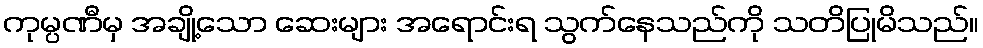
ကုမ္ပဏီမှ အချို့သော ဆေးများ အရောင်းရ သွက်နေသည်ကို သတိပြုမိသည်။